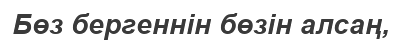
Бөз бергеннін бөзін алсаң,